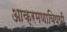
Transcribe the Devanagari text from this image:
आक्रमणाविषयी